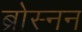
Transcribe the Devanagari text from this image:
ब्रोस्नन